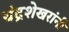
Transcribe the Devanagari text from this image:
चंद्रशेखरांनी